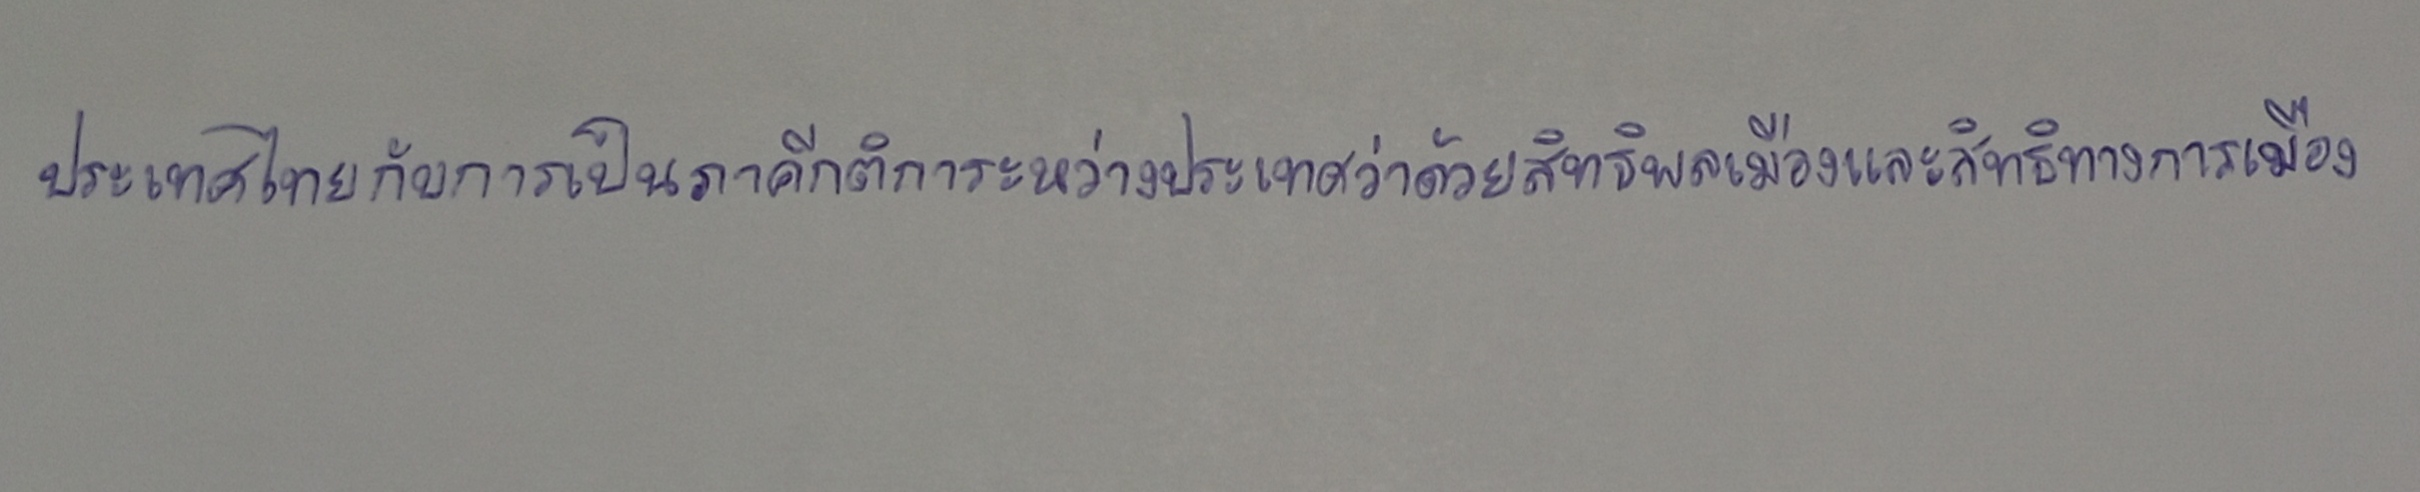
ประเทศไทยกับการเป็นภาคีกติการะหว่างประเทศว่าด้วยสิทธิพลเมืองและสิทธิทางการเมือง